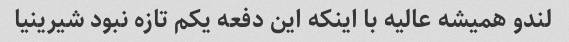
لندو همیشه عالیه با اینکه این دفعه یکم تازه نبود شیرینیا